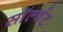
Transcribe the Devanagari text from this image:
सॉल्वंट